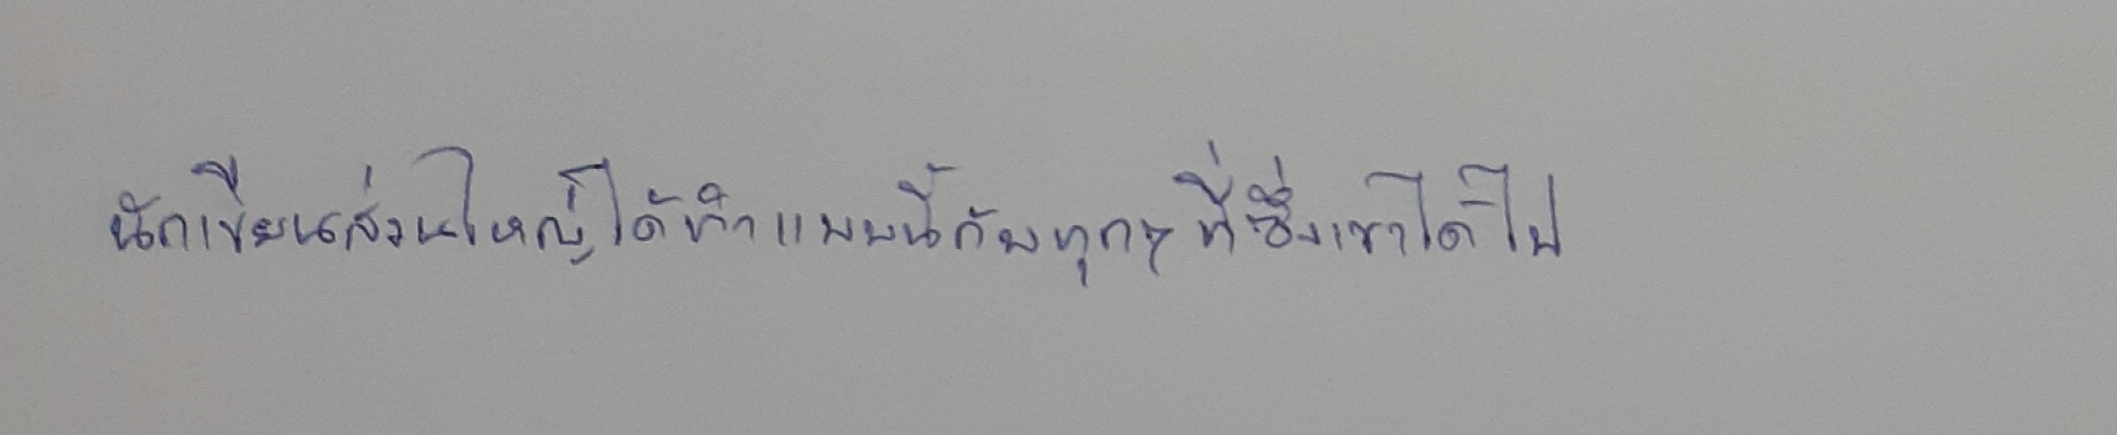
นักเขียนส่วนใหญ่ได้ทำแบบนี้กับทุกๆที่ซึ่งเขาได้ไป